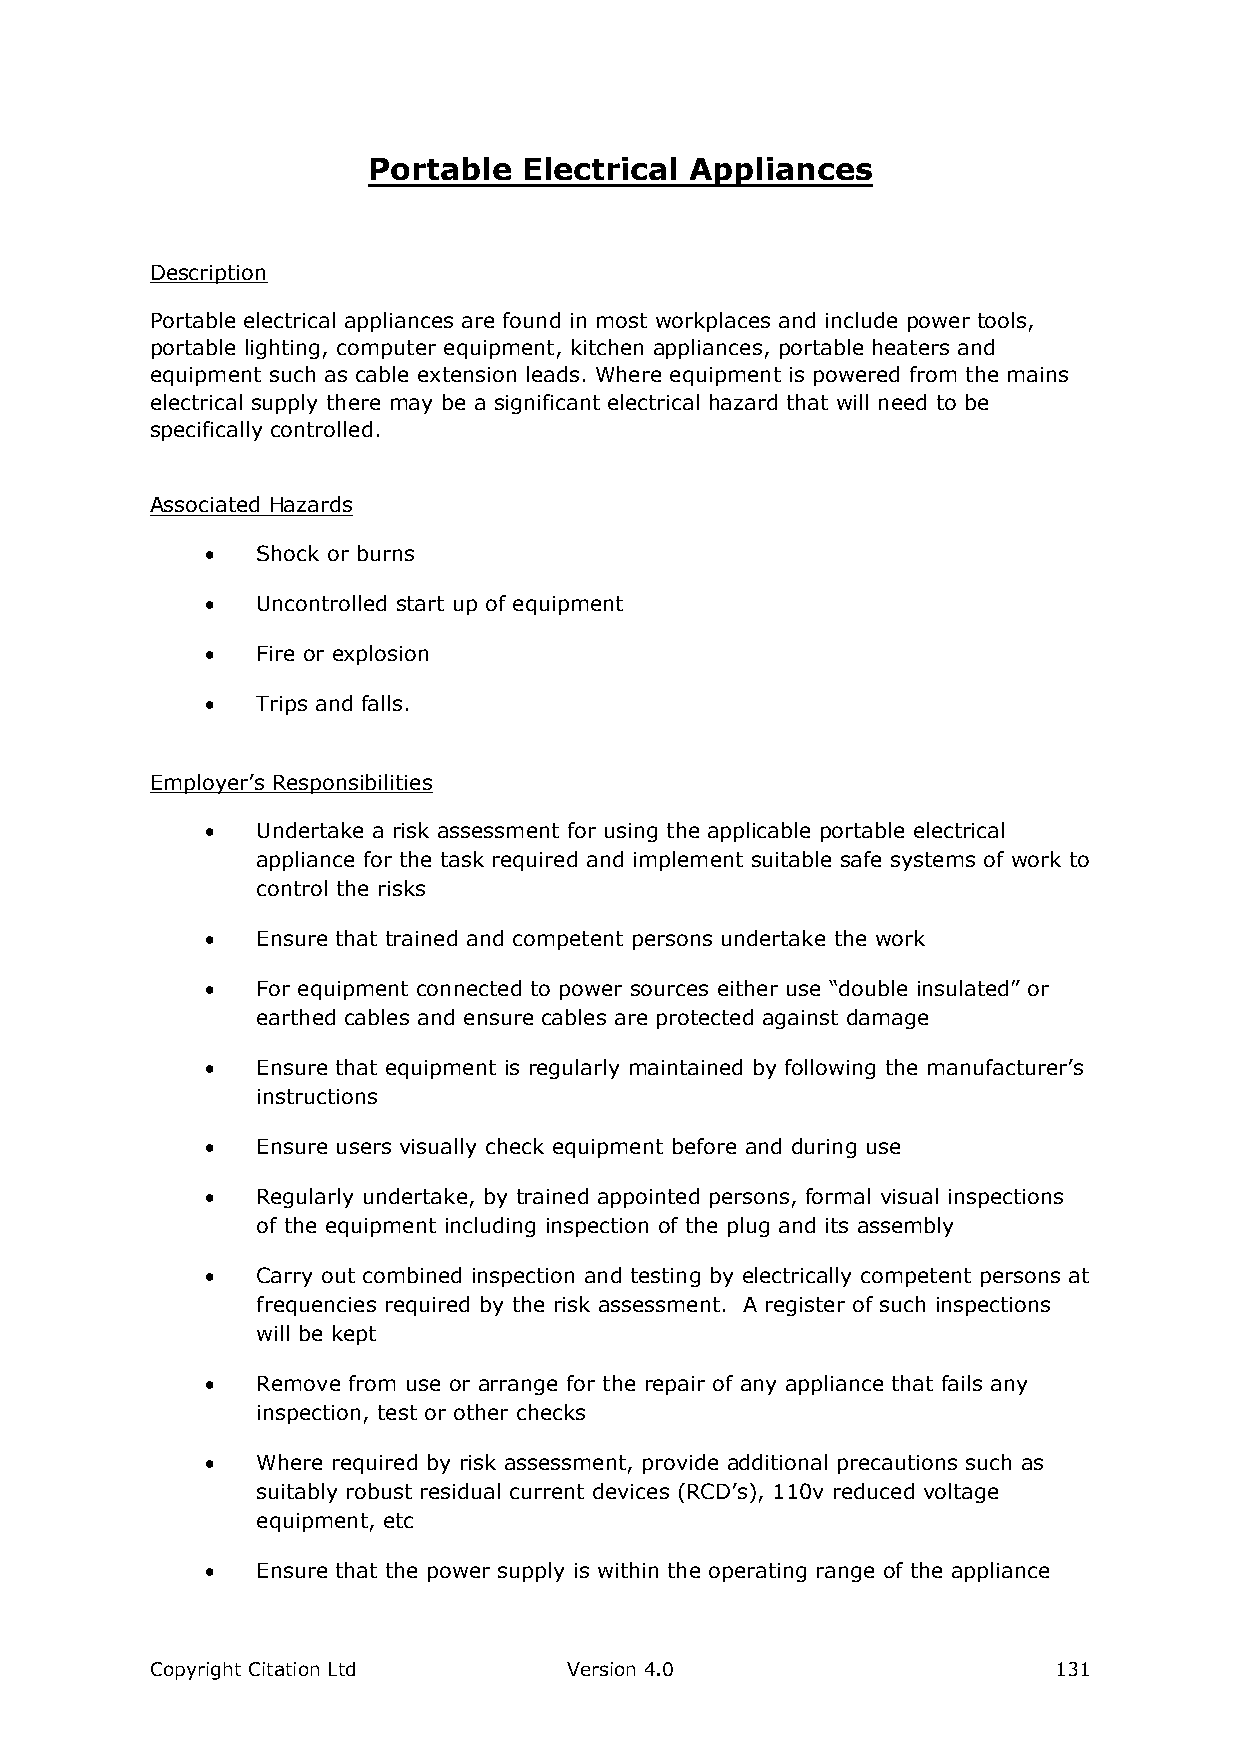
Portable   Electrical Appliances
 Description
 Portable electrical appliances are found in most workplaces and include power tools,
 portable lighting, computer equipment, kitchen appliances, portable heaters and
 equipment such as cable extension leads. Where equipment is powered from the mains
 electrical supply there may be a significant electrical hazard that will need to be
 specifically controlled.
 Associated Hazards
   Shock or burns
   Uncontrolled start up of equipment
   Fire or explosion
   Trips and falls.
 Employer’s Responsibilities
   Undertake a risk assessment for using the applicable portable electrical
 appliance for the task required and implement suitable safe systems of work to
 control the risks
   Ensure that trained and competent persons undertake the work
   For equipment connected to power sources either use “double insulated” or
 earthed cables and ensure cables are protected against damage
   Ensure that equipment is regularly maintained by following the manufacturer’s
 instructions
   Ensure users visually check equipment before and during use
   Regularly undertake, by trained appointed persons, formal visual inspections
 of the equipment including inspection of the plug and its assembly
   Carry out combined inspection and testing by electrically competent persons at
 frequencies required by the risk assessment. A register of such inspections
 will be kept
   Remove from use or arrange for the repair of any appliance that fails any
 inspection, test or other checks
   Where required by risk assessment, provide additional precautions such as
 suitably robust residual current devices (RCD’s), 110v reduced voltage
 equipment, etc
   Ensure that the power supply is within the operating range of the appliance
 Copyright Citation Ltd      Version 4.0                     131